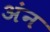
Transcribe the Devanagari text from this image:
अंन